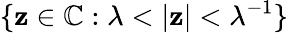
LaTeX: \{ \mathbf{z}\in\mathbb{{C}}:\lambda<|\mathbf{z}|<\lambda^{-1}\}